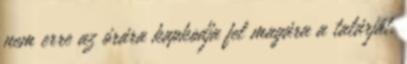
nem erre az órára kapkodja fel magára a talárját.